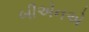
બીએનએ